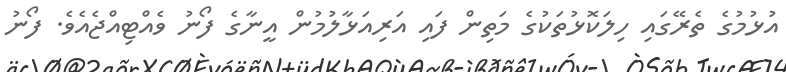
އުޅުމުގެ ތެރޭގައި ހިލަކޮޅުތަކުގެ މަތިން ފައި އަރިއަޅާލުމުން އީނާގެ ފޯނު ވެއްޓިއްޖެއެވެ. ފޯނު